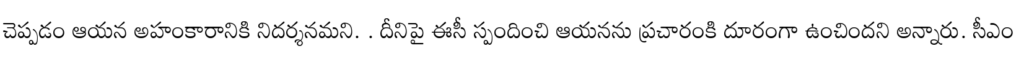
చెప్పడం ఆయన అహంకారానికి నిదర్శనమని. . దీనిపై ఈసీ స్పందించి ఆయనను ప్రచారంకి దూరంగా ఉంచిందని అన్నారు. సీఎం